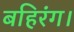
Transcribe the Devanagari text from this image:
बहिरंग।